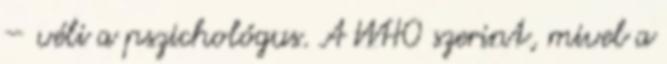
– véli a pszichológus. A WHO szerint, mivel a